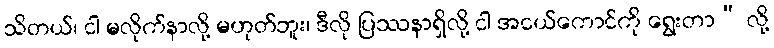
သိတယ်၊ ငါ မလိုက်နာလို့ မဟုတ်ဘူး၊ ဒီလို ပြဿနာရှိလို့ ငါ အငယ်ကောင်ကို ရွေးတာ” လို့